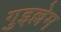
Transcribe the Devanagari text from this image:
गुइल्लेम